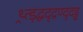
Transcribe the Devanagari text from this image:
थ्र्त्ड़द्धदृद्रण्दृदड्ढ